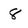
Character: 8